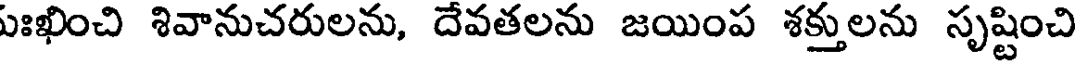
ుఃఖించి శివానుచరులను, దేవతలను జయింప శక్తులను సృష్టించి